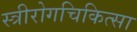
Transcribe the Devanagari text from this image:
स्त्रीरोगचिकित्सा